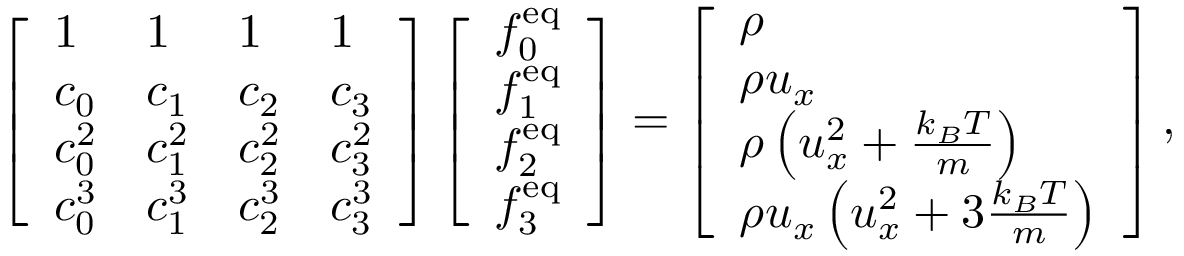
\left[ \begin{array} { l l l l } { 1 } & { 1 } & { 1 } & { 1 } \\ { c _ { 0 } } & { c _ { 1 } } & { c _ { 2 } } & { c _ { 3 } } \\ { c _ { 0 } ^ { 2 } } & { c _ { 1 } ^ { 2 } } & { c _ { 2 } ^ { 2 } } & { c _ { 3 } ^ { 2 } } \\ { c _ { 0 } ^ { 3 } } & { c _ { 1 } ^ { 3 } } & { c _ { 2 } ^ { 3 } } & { c _ { 3 } ^ { 3 } } \end{array} \right] \left[ \begin{array} { l } { f _ { 0 } ^ { \mathrm { e q } } } \\ { f _ { 1 } ^ { \mathrm { e q } } } \\ { f _ { 2 } ^ { \mathrm { e q } } } \\ { f _ { 3 } ^ { \mathrm { e q } } } \end{array} \right] = \left[ \begin{array} { l } { \rho } \\ { \rho u _ { x } } \\ { \rho \left( u _ { x } ^ { 2 } + \frac { k _ { B } T } { m } \right) } \\ { \rho u _ { x } \left( u _ { x } ^ { 2 } + 3 \frac { k _ { B } T } { m } \right) } \end{array} \right] ,